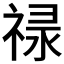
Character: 𬓈